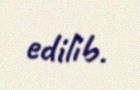
edilib.